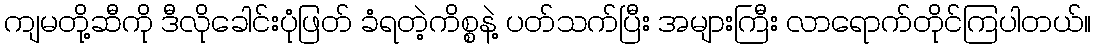
ကျမတို့ဆီကို ဒီလိုခေါင်းပုံဖြတ် ခံရတဲ့ကိစ္စနဲ့ ပတ်သက်ပြီး အများကြီး လာရောက်တိုင်ကြပါတယ်။